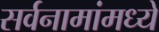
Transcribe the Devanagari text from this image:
सर्वनामांमध्ये